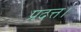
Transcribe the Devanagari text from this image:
प्रदत्त।